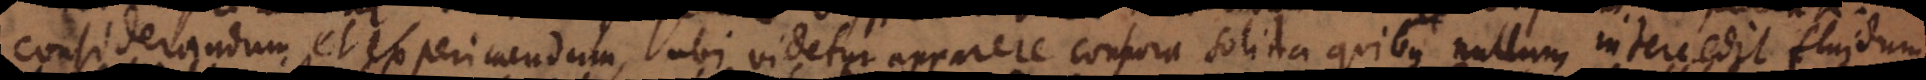
Considerandum et [experiendum], ubi videtur apparere corpora solida quibus nullum intercedit fluidum